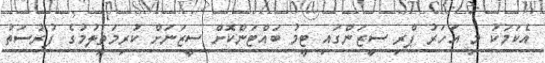
އެކަމަކު މި އަހަރު ޕްރި ސީޒަންގައި ޓީމު ބައްޓަންކޮށް ސީޒަނަށް ކުރިމަތިލުމުގެ ފުރުސަތު